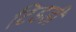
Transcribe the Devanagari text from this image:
टिडडी